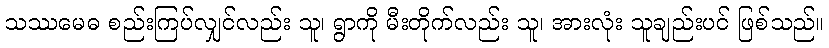
သဿမေဓ စည်းကြပ်လျှင်လည်း သူ၊ ရွာကို မီးတိုက်လည်း သူ၊ အားလုံး သူချည်းပင် ဖြစ်သည်။